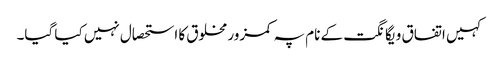
کہیں اتفاق و یگانگت کے نام پہ کمزور مخلوق کا استحصال نہیں کیا گیا۔